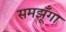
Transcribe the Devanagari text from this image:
समझूँगा